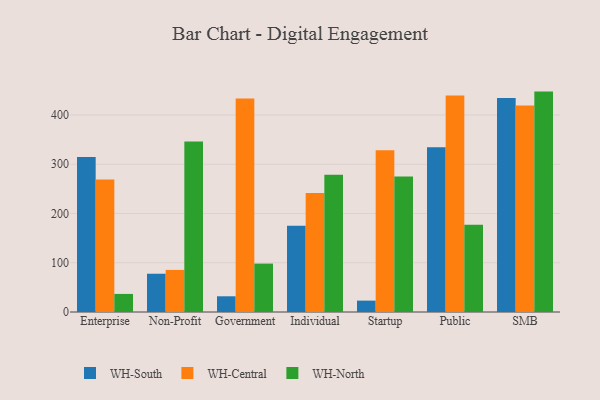
{"axis": {"x": "Segment", "y": "Market Share (%)"}, "legend": ["WH-Central", "WH-North", "WH-South"], "data": [{"x": "Enterprise", "y": 314.8, "type": "WH-South"}, {"x": "Enterprise", "y": 269.1, "type": "WH-Central"}, {"x": "Enterprise", "y": 36.7, "type": "WH-North"}, {"x": "Non-Profit", "y": 77.7, "type": "WH-South"}, {"x": "Non-Profit", "y": 85.5, "type": "WH-Central"}, {"x": "Non-Profit", "y": 346.0, "type": "WH-North"}, {"x": "Government", "y": 31.9, "type": "WH-South"}, {"x": "Government", "y": 433.7, "type": "WH-Central"}, {"x": "Government", "y": 98.3, "type": "WH-North"}, {"x": "Individual", "y": 175.0, "type": "WH-South"}, {"x": "Individual", "y": 241.4, "type": "WH-Central"}, {"x": "Individual", "y": 278.7, "type": "WH-North"}, {"x": "Startup", "y": 23.1, "type": "WH-South"}, {"x": "Startup", "y": 328.6, "type": "WH-Central"}, {"x": "Startup", "y": 275.3, "type": "WH-North"}, {"x": "Public", "y": 334.4, "type": "WH-South"}, {"x": "Public", "y": 439.5, "type": "WH-Central"}, {"x": "Public", "y": 177.4, "type": "WH-North"}, {"x": "SMB", "y": 434.4, "type": "WH-South"}, {"x": "SMB", "y": 419.3, "type": "WH-Central"}, {"x": "SMB", "y": 447.5, "type": "WH-North"}]}